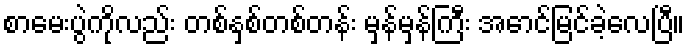
စာမေးပွဲကိုလည်း တစ်နှစ်တစ်တန်း မှန်မှန်ကြီး အောင်မြင်ခဲ့လေပြီ။